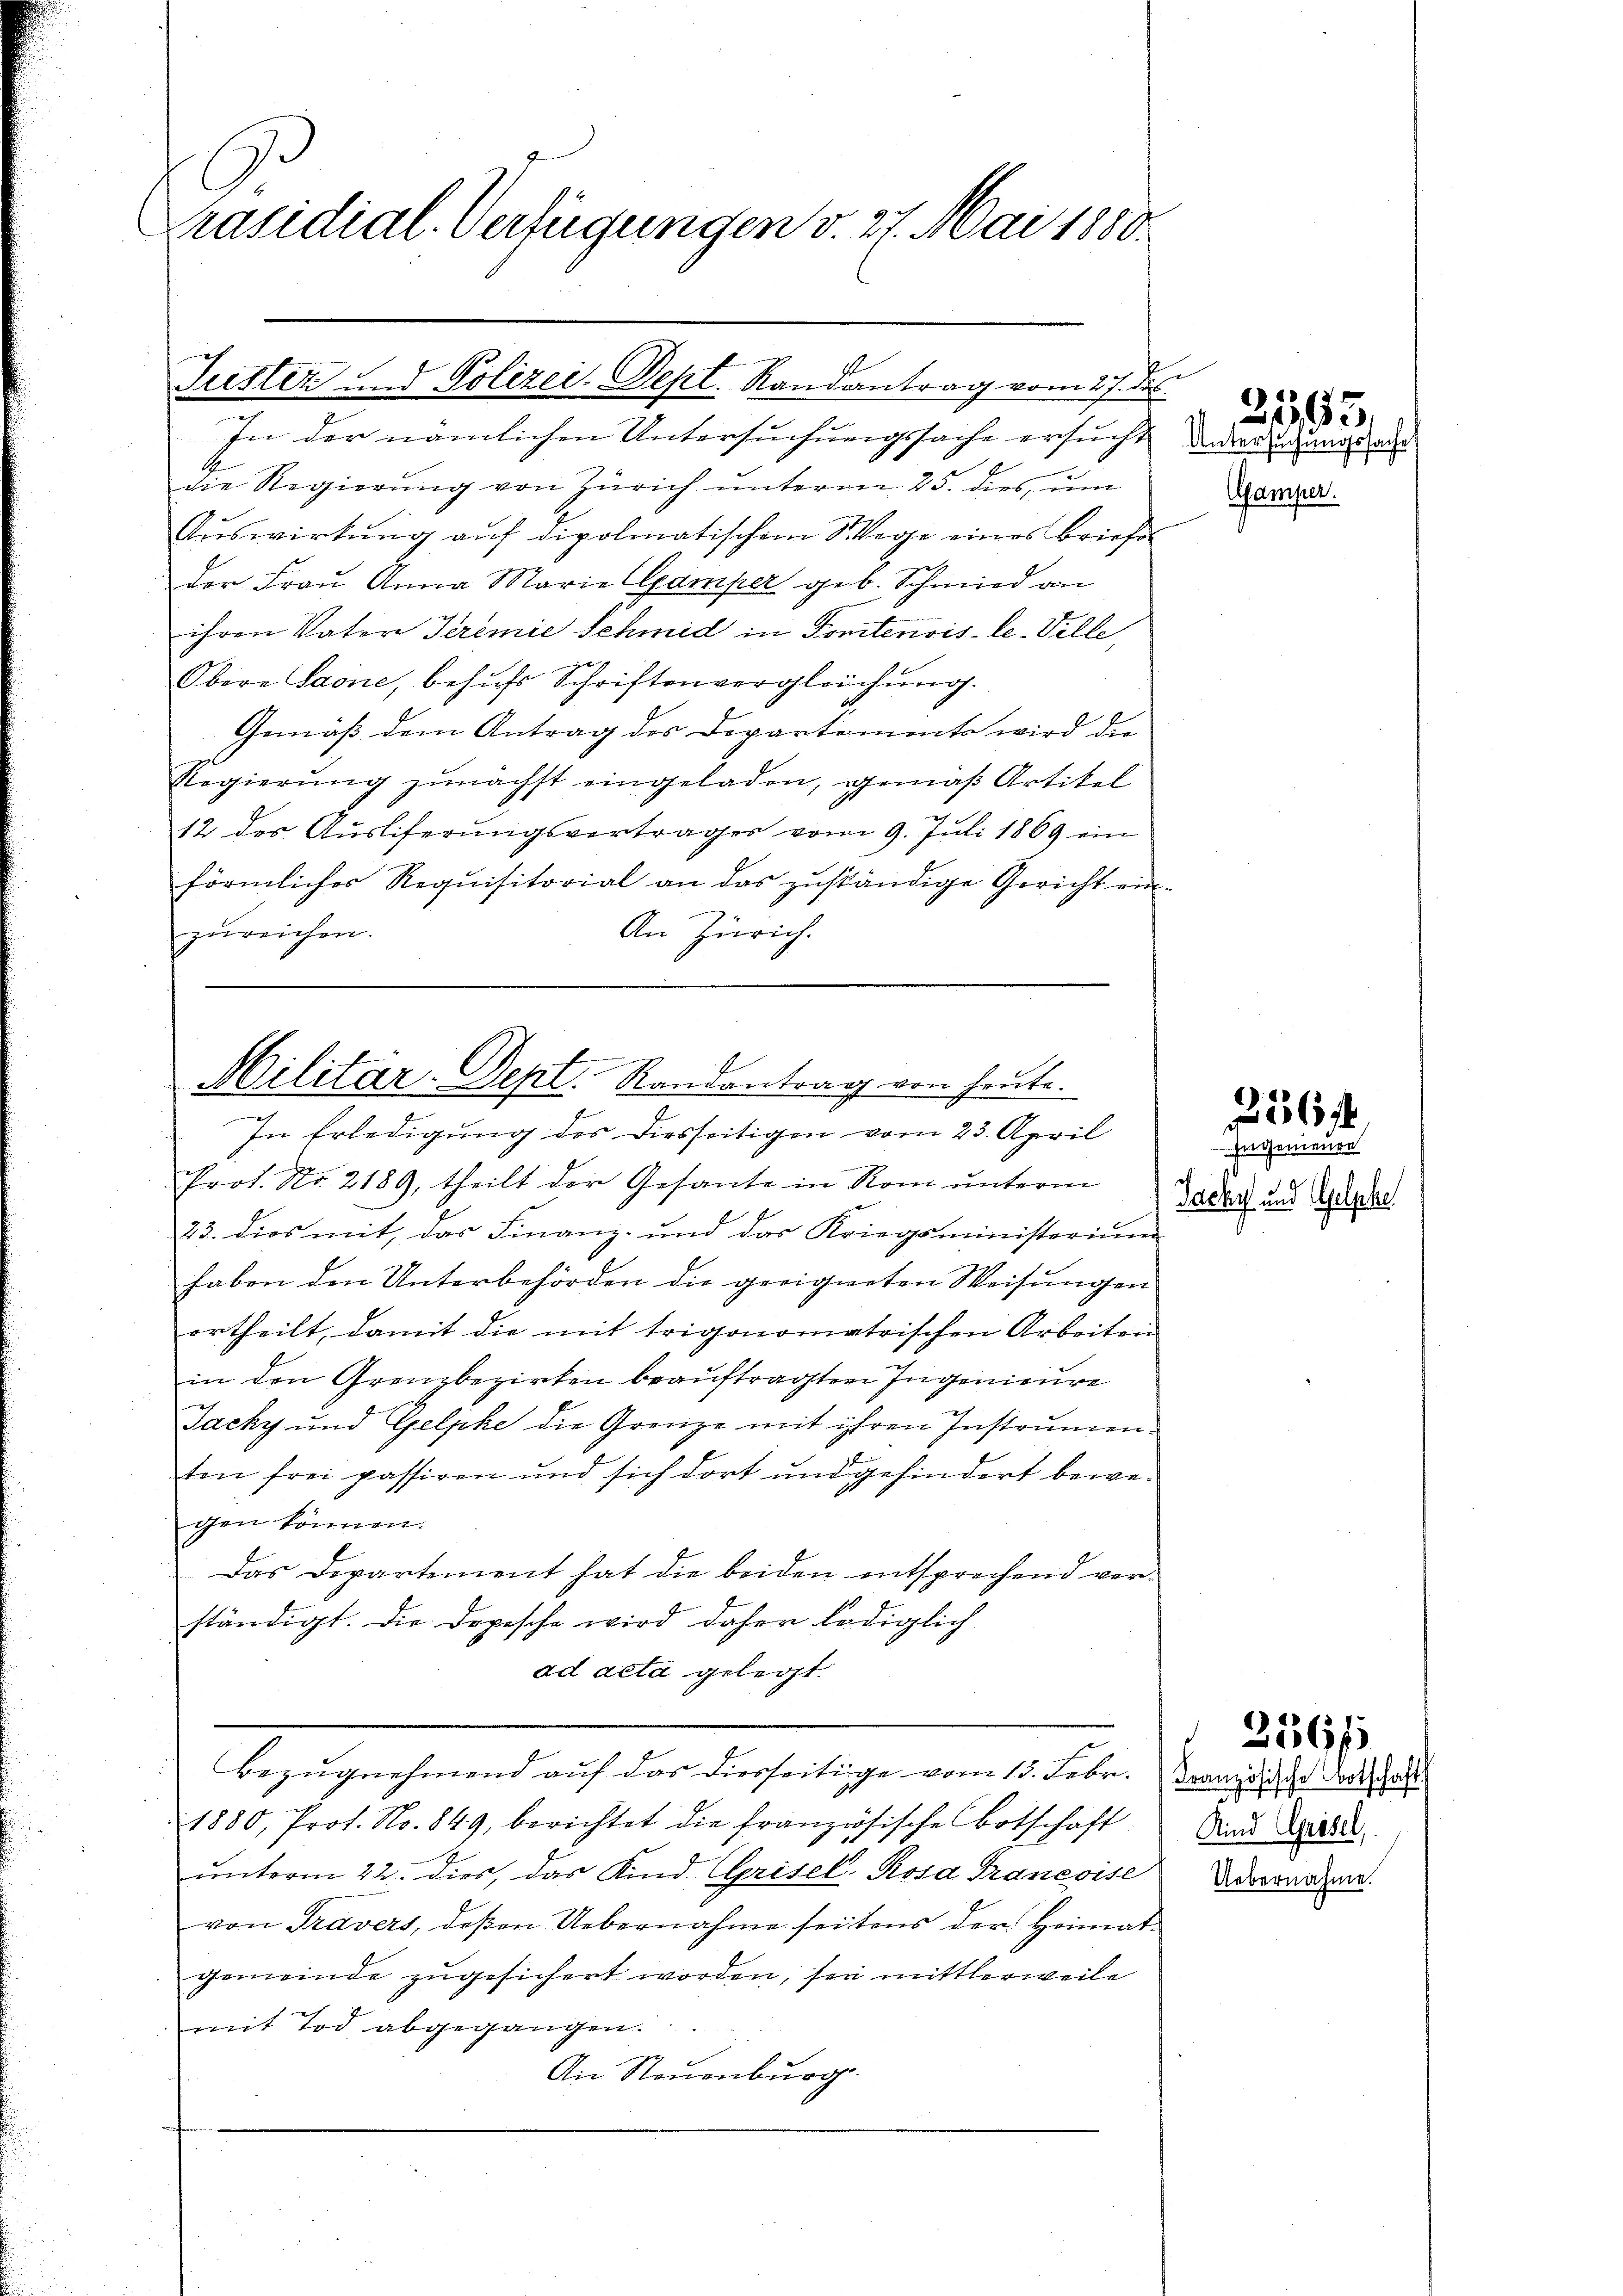
.
Präsidial-Verfügungen v. 27. Mai 1880.

Fuester und Polizei- Sept. Randantrag vom 27. d.

In der nämlichen Untersuchungssache ersucht
1
die Regierung von Zürich unterm 25. dies, um
Aŭswirkŭng aŭf dipolmatischem Wege eines Briefe
der Frau Anna Marie Gamper geb. Schmied von
ihren Vater Teremie Schmid in Pontenvis-le-Ville,
Obere Saone, behŭfs Schriftenvergleichung.
Gemäß dem Antrag des Departements wird die
Regierŭng zŭnächst eingeladen, gemäβ Artikel
12 des Auslieferungsverträger vom 9. Juli 1869 im
förmliches Requisitorial an das zŭständige Gericht ein-
An Zürich.
zŭreichen.

Militar-Dept. Randantrag von heute.
In Erledigung des Diesseitigen vom 23. April

Prot. Nr. 2189, theilt der Gesante in Rom unterm
23. dies mit, das Finanz- und das Kriegsministerium
haben den Unterbehörden die geeigneten Weisungen
ertheilt, damit die mit trigonometrischen Arbeiten
in den Grenzbezirken beauftragten Ingenieure
Jacky und Gelpke die Grenze mit ihren Instrumenten frei passiren und sich dort und gehindert bewegen können.
Das Departement hat die beiden entsprechend verständigt. Die Dopesche wird daher lediglich
ad acta gelegt.
Bezugnehmend auf das diesseitige vom 13. Febr. Kanzliche oder a
1880, Prof. No. 849, berichtet die französische Botschaft
ŭnterm 22. dies, das Kind. Grisel, Rosa Francoise
von Travers, deßen Uebernahme seitens der Heimatgemeinde zugesichert worden, sei mittlerweile
mit Tod abgegangen.
An Neuenburg.

s
Untersuchung
Afamper.

Ingenenen
Jacky und Gelpke

Kind Grösel,
Uebernahme.

2565

256 f

256/1